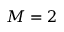
M = 2